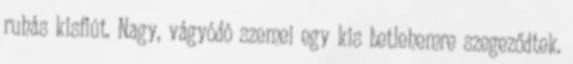
ruhás kisfiút. Nagy, vágyódó szemei egy kis betlehemre szegeződtek.